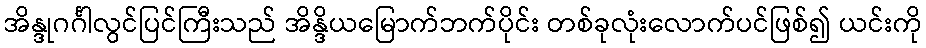
အိန္ဒုဂင်္ဂါလွင်ပြင်ကြီးသည် အိန္ဒိယမြောက်ဘက်ပိုင်း တစ်ခုလုံးလောက်ပင်ဖြစ်၍ ယင်းကို